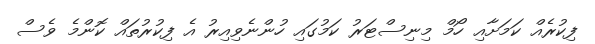
ފިކުރެއް ކަމަށާއި ހޯމް މިނިސްޓަރު ކަމުގައި ހުންނެވިއިރު އެ ފިކުރުތައް ކޮންމެ ވެސް